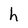
Character: h